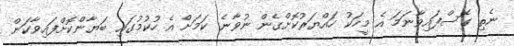
ނެތި ގޮސްފައިވާނަމަ އެ މީހަކު ހައްޔަރުކޮށްގެން ނުވާނެ ކަމަށް އެ ހުކުމުގައި ބަޔާންކޮށްފައިވާކަން